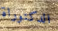
الدكتوراة